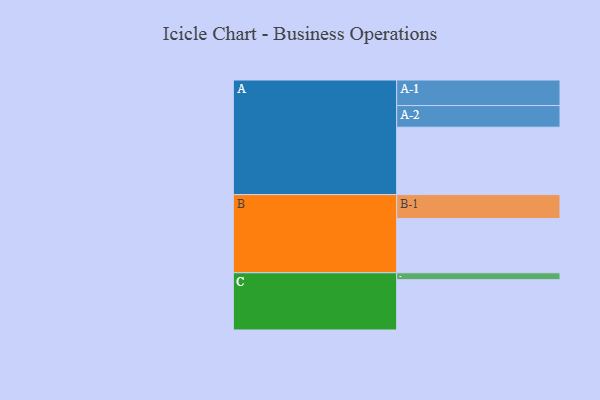
{"axis": {"x": "Segment", "y": "Value"}, "legend": ["", "A", "B", "C"], "data": [{"x": "A", "y": 551, "type": ""}, {"x": "B", "y": 443, "type": ""}, {"x": "C", "y": 411, "type": ""}, {"x": "A-1", "y": 209, "type": "A"}, {"x": "A-2", "y": 177, "type": "A"}, {"x": "B-1", "y": 196, "type": "B"}, {"x": "C-1", "y": 57, "type": "C"}]}